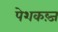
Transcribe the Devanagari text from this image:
पेशकब्ज़